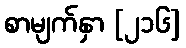
စာမျက်နှာ [၂၁၆]